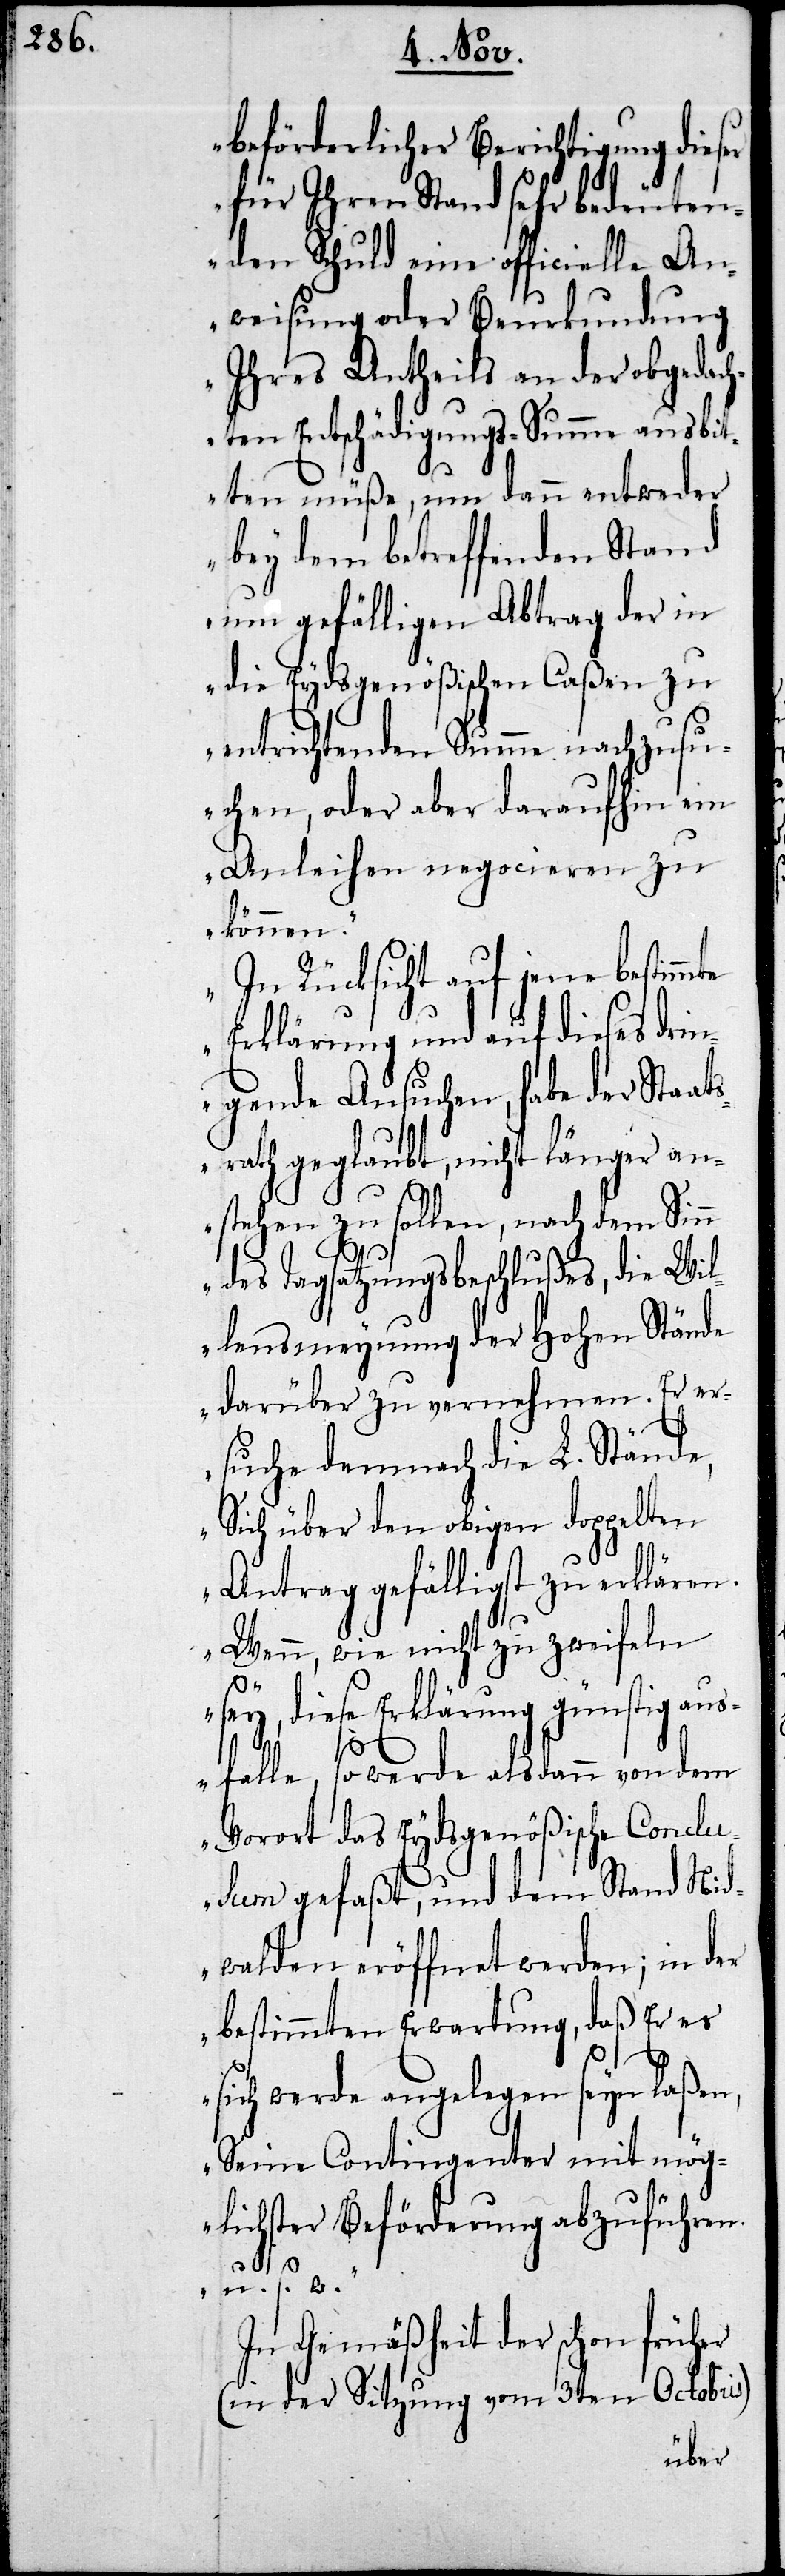
beförderlicher Berichtigung dieser
für Ihren Stand sehr bedeuten¬
den Schuld eine officielle An¬
weisung oder Beurkundung
Ihres Antheils an der obgedach¬
ten Entschädigungs-Summe ausbi¬
tten müße, um dann entweder
bey dem betreffenden Stand
um gefälligen Abtrag der in
die Eydsgenößischen Caßen zu
entrichtenden Summe nachzusu¬
chen, oder aber daraufhin ein
Anleihen negocieren zu
können.
In Rücksicht auf jene bestimm¬
Erklärung und auf dieses drin¬
gende Ansuchen, habe der Staat¬
srath geglaubt, nicht länger an¬
stehen zu sollen, nach dem Sin¬
n des Tagsatzungsbeschlußes, die Wil¬
lensmeynung der Hohen Stände
darüber zu vernehmen. Er er¬
suche demnach die L. Stände,
Sich über den obigen doppelten
Antrag gefälligst zu erklären.
Wenn, wie nicht zu zweifeln
sey, diese Erklärung günstig aus¬
te
falle, so werde alsdann von dem
Vorort das Eydsgenößische Conclu¬
sum gefaßt, und dem Stand Nid¬
walden eröffnet werden; in der
bestimmten Erwartung, daß Er es
sich werde angelegen seyn laßen,
Seine Contingenter mit mög¬
lichster Beförderung abzuführen.
u.s.w.“
In Gemäßheit der schon früher
(in der Sitzung vom 3ten Obtorbis)